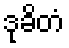
ဒုခိတံ